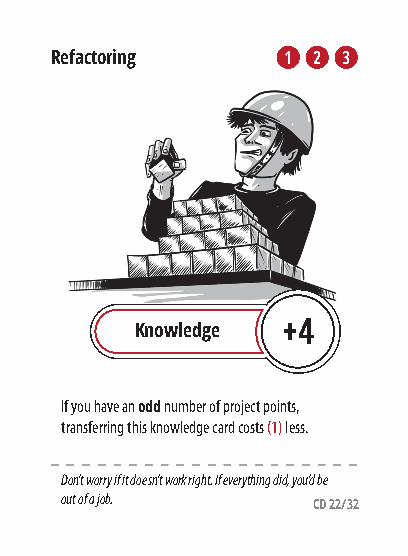
Refactoring     1 2 3
 Knowledge +4
 If you have an odd number of project points,
 transferring this knowledge card costs (1) less.
 Don’t worry if it doesn’t work right. If everything did, you’d be
 out of a job.
 CD 22/32